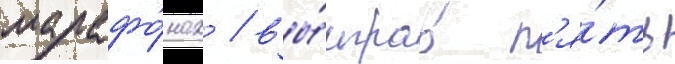
марафо́нах / вы́играв п'я́ть